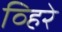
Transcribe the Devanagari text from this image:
व्हिरे